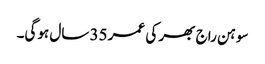
سوہن راج بھر کی عمر 35 سال ہوگی۔